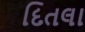
દિતલા